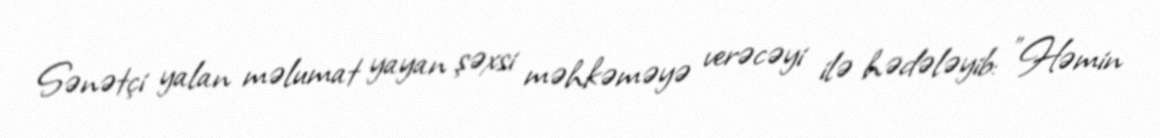
Sənətçi yalan məlumat yayan şəxsi məhkəməyə verəcəyi ilə hədələyib: "Həmin